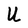
Character: U